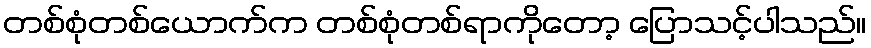
တစ်စုံတစ်ယောက်က တစ်စုံတစ်ရာကိုတော့ ပြောသင့်ပါသည်။